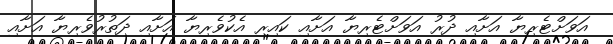
އަވަށްޓެރިޔާ އަށާއި ދުރު އަވަށްޓެރިޔާ އަށާއި ކައިރި އެކުވެރިޔާ އަށާއި ދަތުރުވެރިޔާ އަށާއި